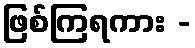
ဖြစ်ကြရကား -